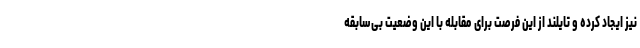
نیز ایجاد کرده و تایلند از این فرصت برای مقابله با این وضعیت بی‌سابقه